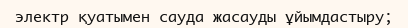
электр қуатымен сауда жасауды ұйымдастыру;